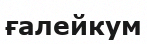
ғалейкум